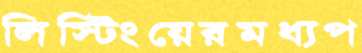
লিস্টিংয়েরমধ্যপ